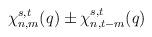
LaTeX: \begin{align*} \chi_{n,m}^{s,t}(q) \pm \chi_{n,t-m}^{s,t}(q)\end{align*}